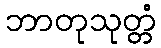
ဘာတုသုတ္တံ